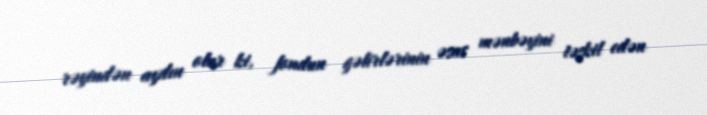
rəyindən aydın olur ki, fondun gəlirlərinin əsas mənbəyini təşkil edən